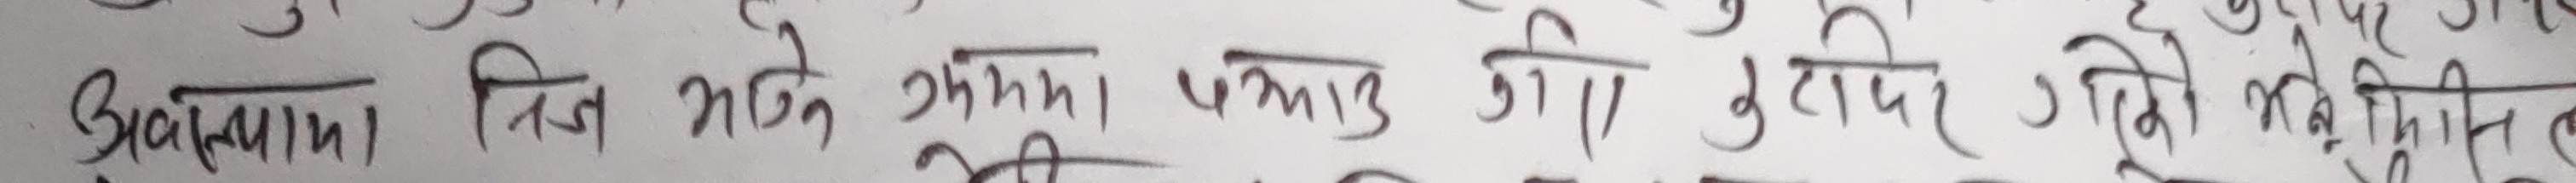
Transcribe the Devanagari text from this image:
अवस्थामा तिज भर्ने उमेर पछाडि गयो । तरपनि उमेरले मिल्नेलाई